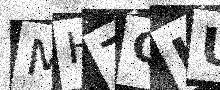
Text: MH7QLU